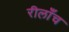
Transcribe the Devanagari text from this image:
रीलाँच